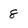
Character: 8